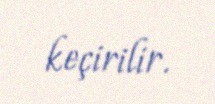
keçirilir.